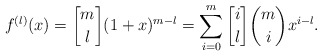
\begin{align*} f^{\left( l \right)}(x) = {m \brack l} (1+x)^{m-l} = \sum_{i=0}^{m}{{i \brack l}{m \choose i}x^{i-l}}. \end{align*}